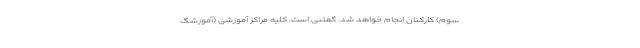
سوم) کارکنان انجام خواهد شد. گفتنی است، کلیه مراکز آموزشی (آموزشگ